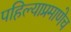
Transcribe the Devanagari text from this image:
पहिल्याप्रमाणेच